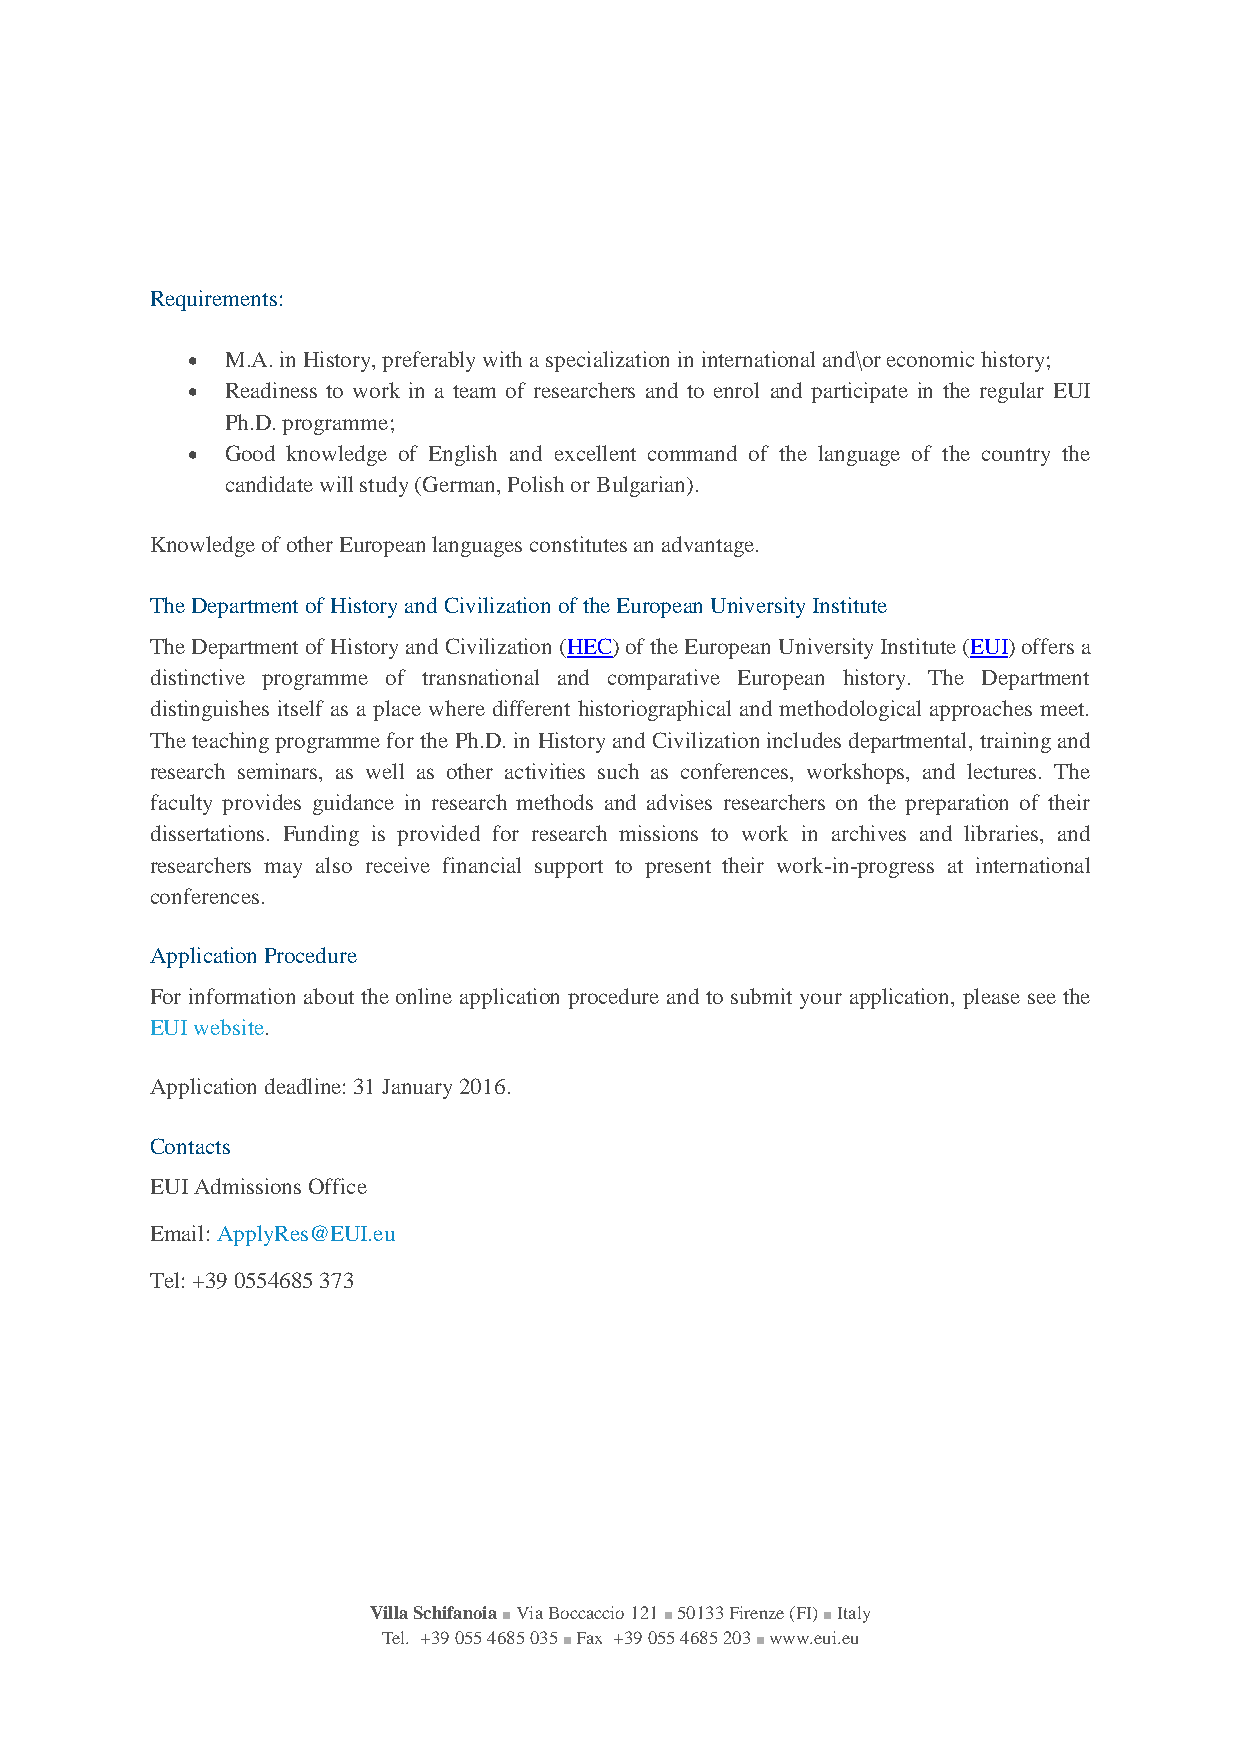
Requirements:
   M.A. in History, preferably with a specialization in international and\or economic history;
   Readiness to work in a team of researchers and to enrol and participate in the regular EUI
 Ph.D. programme;
   Good knowledge of English and excellent command of the language of the country the
 candidate will study (German, Polish or Bulgarian).
 Knowledge of other European languages constitutes an advantage.
 The Department of History and Civilization of the European University Institute
 The Department of History and Civilization (HEC) of the European University Institute (EUI) offers a
 distinctive programme of transnational and comparative European history. The Department
 distinguishes itself as a place where different historiographical and methodological approaches meet.
 The teaching programme for the Ph.D. in History and Civilization includes departmental, training and
 research seminars, as well as other activities such as conferences, workshops, and lectures. The
 faculty provides guidance in research methods and advises researchers on the preparation of their
 dissertations. Funding is provided for research missions to work in archives and libraries, and
 researchers may also receive financial support to present their work-in-progress at international
 conferences.
 Application Procedure
 For information about the online application procedure and to submit your application, please see the
 EUI website.
 Application deadline: 31 January 2016.
 Contacts
 EUI Admissions Office
 Email: ApplyRes@EUI.eu
 Tel: +39 0554685 373
 Villa Schifanoia ■ Via Boccaccio 121 ■ 50133 Firenze (FI) ■ Italy
 Tel. +39 055 4685 035 ■ Fax +39 055 4685 203 ■ www.eui.eu